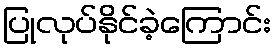
ပြုလုပ်နိုင်ခဲ့ကြောင်း